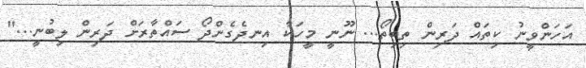
އަހަންވީނު ކިތައް ދަރިން ތިބިތޯ... ނޫނީ މީހަކާ އިނދެގެންދޯ ސައްތާރަށް ދަރިން ލިބުނީ..."